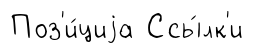
Поз'и́циjа Ссы́лк'и